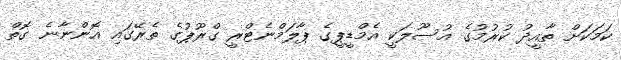
ކަމަކަށް ތާއީދު ކުރުމުގެ އުސޫލަކީ އެމްޑީޕީގެ ޕާލަމްނެޓްރީ ގްރޫޕުގެ ތެރޭގައި އޮންނާނެ ގޮތް